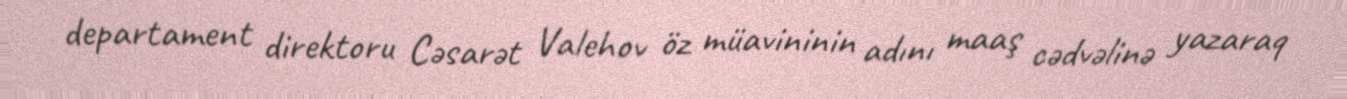
departament direktoru Cəsarət Valehov öz müavininin adını maaş cədvəlinə yazaraq